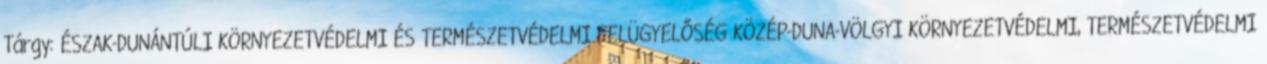
Tárgy: ÉSZAK-DUNÁNTÚLI KÖRNYEZETVÉDELMI ÉS TERMÉSZETVÉDELMI FELÜGYELŐSÉG KÖZÉP-DUNA-VÖLGYI KÖRNYEZETVÉDELMI, TERMÉSZETVÉDELMI